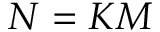
N = K M